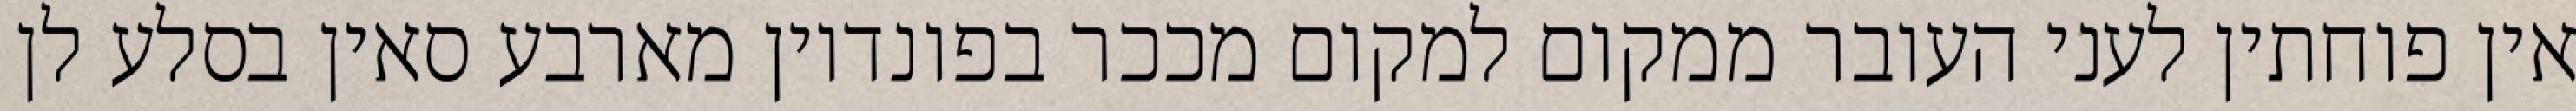
אין פוחתין לעני העובר ממקום למקום מככר בפונדיון מארבע סאין בסלע לן